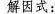
解因式；